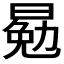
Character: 𣈳